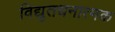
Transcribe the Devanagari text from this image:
विद्युतधनात्मक